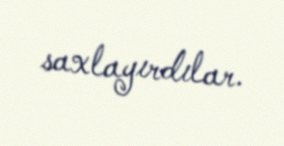
saxlayırdılar.